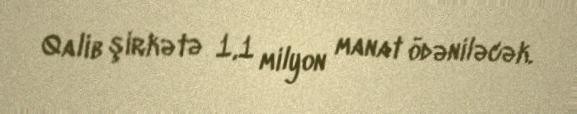
Qalib şirkətə 1,1 milyon manat ödəniləcək.